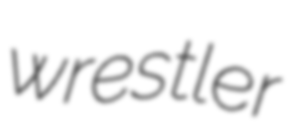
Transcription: wrestler